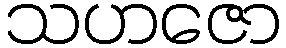
သဟဇော